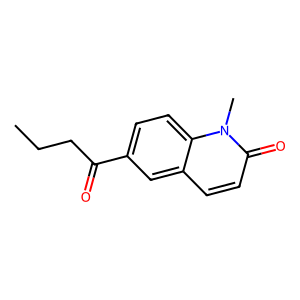
SMILES: CCCC(=O)c1ccc2c(ccc(=O)n2C)c1
Inhibits HIV replication: No